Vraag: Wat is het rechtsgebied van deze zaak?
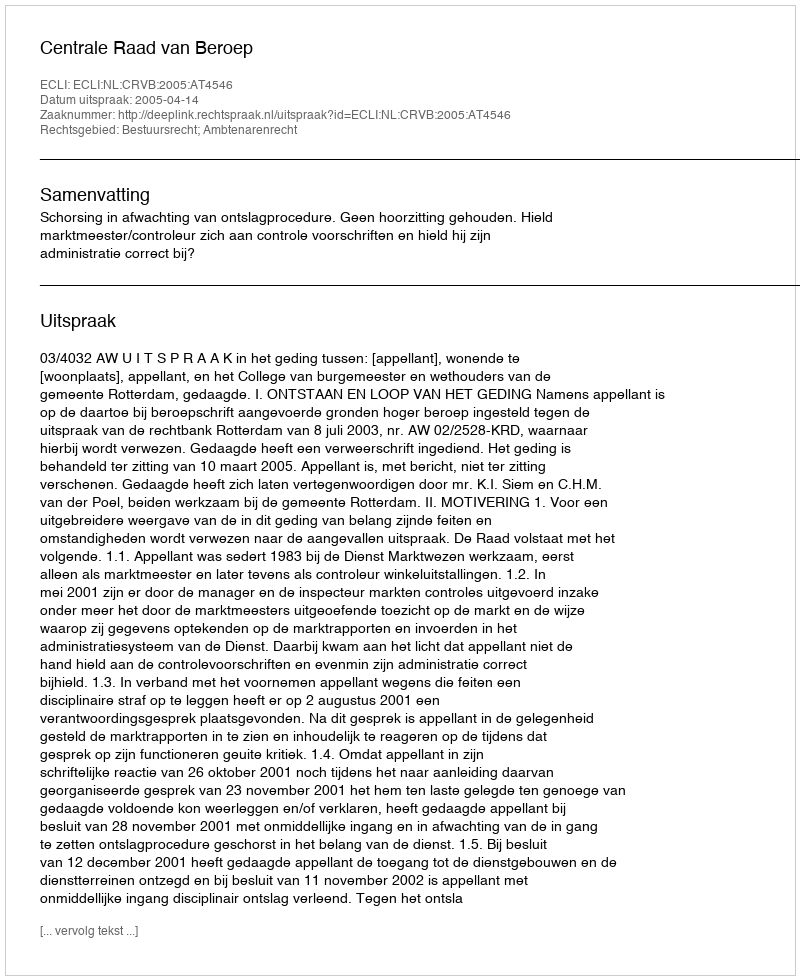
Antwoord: Bestuursrecht; Ambtenarenrecht